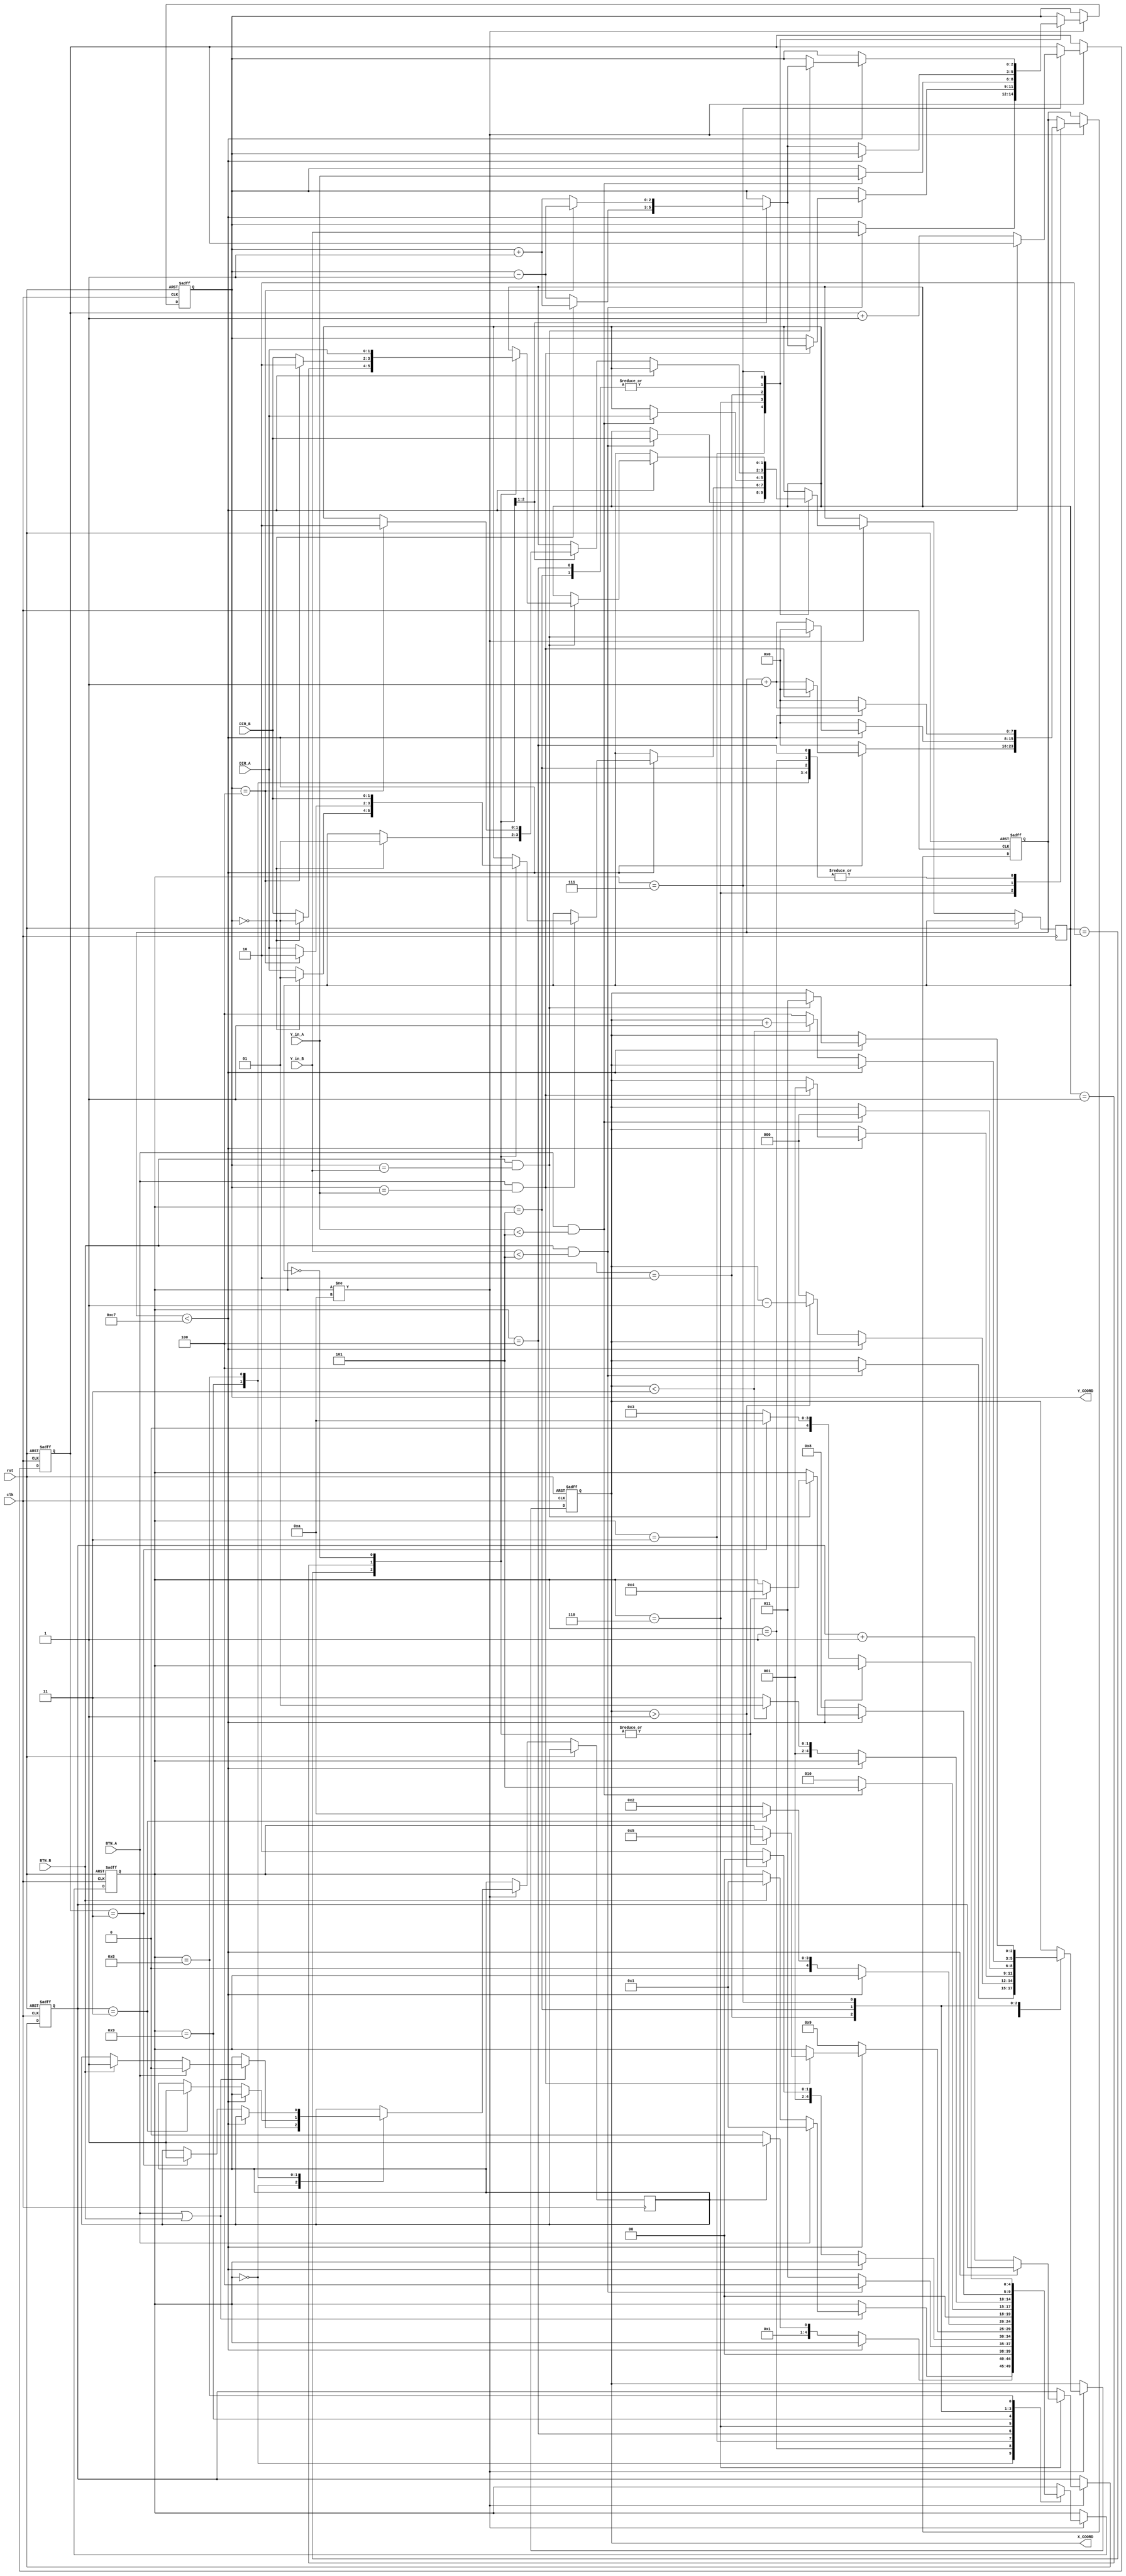
module hockey(

    input clk,
    input rst,
    
    input BTN_A,
    input BTN_B,
    
    input [1:0] DIR_A,
    input [1:0] DIR_B,
    
    input [2:0] Y_in_A,
    input [2:0] Y_in_B,
   
    /*
    output reg LEDA,
    output reg LEDB,
    output reg [4:0] LEDX,
    
    output reg [6:0] SSD7,
    output reg [6:0] SSD6,
    output reg [6:0] SSD5,
    output reg [6:0] SSD4, 
    output reg [6:0] SSD3,
    output reg [6:0] SSD2,
    output reg [6:0] SSD1,
    output reg [6:0] SSD0   
    */
	
	output reg [2:0] X_COORD,
	output reg [2:0] Y_COORD
	
    );

    reg [7:0]timer; //max deger 199 olcak 2^8
    reg [2:0]scoreA;
    reg [2:0]scoreB;
    reg [1:0]lastTurn;
    reg turn;
    reg [1:0]dir;

    //List of states
    localparam IDLE = 4'd0;
    localparam DISPLAY = 4'd1;
    localparam HIT_A = 4'd2;
    localparam HIT_B = 4'd3;
    localparam SEND_A = 4'd4;
    localparam SEND_B = 4'd5;
    localparam RESP_A = 4'd6;
    localparam RESP_B = 4'd7;
    localparam GOAL_A = 4'd8;
    localparam GOAL_B = 4'd9;
    localparam GAMEOVER = 4'd10;

    reg [4:0] currentstate;
    
    always @(posedge clk or posedge rst)
    begin
        if(rst) begin
            X_COORD<=3'b000;
            Y_COORD<=3'b000;
            timer<=0;
            scoreA<=0;
            scoreB<=0;
            lastTurn<=0;
            currentstate <= IDLE;
        end
        else if(currentstate != GAMEOVER)begin
        
            case(currentstate)

                IDLE:begin

                    if((BTN_A || BTN_B))begin

                        if(BTN_A)begin
                            turn<=0;
                            currentstate <= DISPLAY;
                        end
                        else if(BTN_B)begin
                            turn<=1;
                            currentstate <= DISPLAY;
                        end
        
                    end
                
                end

                DISPLAY:begin

                    if(timer<199)begin
                        timer<=timer+1;
                    end
                    else begin
                        timer<=0;
                        if(turn == 1)begin
                            currentstate <= HIT_B;
                        end
                        else begin
                            currentstate <= HIT_A;
                        end
                    end
        
                end

                //MIRROR STARTS HERE

                HIT_B:begin

                    if(BTN_B && Y_in_B < 5)begin
                        X_COORD <= 4;
                        Y_COORD <= Y_in_B;
                        dir <= DIR_B;
                        currentstate <= SEND_A;
                    end
                    else begin
                        currentstate <= HIT_B;
                    end
                    
                end

                SEND_A:begin

                    if(timer<199)begin
                        timer<=timer+1;
                    end
                    else begin
                        timer<=0;

                        case(dir)

                            2'b10:begin

                                if(Y_COORD == 0)begin
                                    dir <= 2'b01;
                                    Y_COORD <= Y_COORD + 1;                                   
                                end
                                else begin
                                    Y_COORD <= Y_COORD - 1;
                                end
                            
                            end

                            2'b01:begin

                                if(Y_COORD == 4)begin
                                    dir <= 2'b10;
                                    Y_COORD <= Y_COORD - 1;                                   
                                end
                                else begin
                                    Y_COORD <= Y_COORD + 1;
                                end

                            end

                            2'b00:begin
                            
                            end

                        endcase

                        if(X_COORD > 1)begin
                            X_COORD <= X_COORD - 1;
                            currentstate <= SEND_A;
                        end
                        else begin
                            X_COORD <= 0;
                            currentstate <= RESP_A;
                        end

                    end
                    
                end

                RESP_A:begin

                    if(timer<199)begin

                        if(BTN_A && (Y_COORD == Y_in_A))begin
                            X_COORD <= 1;
                            timer <= 0;

                            case(dir)

                                2'b10:begin

                                    if(Y_COORD == 0)begin
                                        dir <= 2'b01;
                                        Y_COORD <= Y_COORD + 1;  
                                        currentstate <= SEND_B;                                 
                                    end
                                    else begin
                                        dir <= DIR_A;
                                        Y_COORD <= Y_COORD - 1;
                                        currentstate <= SEND_B;
                                    end
                                
                                end

                                2'b01:begin

                                    if(Y_COORD == 4)begin
                                        dir <= 2'b10;
                                        Y_COORD <= Y_COORD - 1;  
                                        currentstate <= SEND_B;                                 
                                    end
                                    else begin
                                        dir <= DIR_A;
                                        Y_COORD <= Y_COORD + 1;
                                        currentstate <= SEND_B;
                                    end

                                end

                                2'b00:begin

                                    dir <= DIR_B;
                                    currentstate <= SEND_B;
                                
                                end

                            endcase

                        end
                        else begin
                            timer <= timer + 1;
                        end
                    end
                    else begin
                        timer<=0;
                        scoreB <= scoreB + 1;
                        currentstate <= GOAL_B;
                    end
                end

                GOAL_B:begin

                    if(timer<199)begin
                        timer<=timer+1;
                    end
                    else begin
                        timer<=0;
                        if(scoreB == 3)begin
                            turn <= 1;
                            currentstate <= GAMEOVER;
                        end
                        else begin
                            currentstate <= HIT_A;
                        end
                    end
                end

                //MIRROR ENDS HERE

                //START OF THE COPIED CODE

                HIT_A:begin

                    if(BTN_A && Y_in_A < 5)begin
                        X_COORD <= 0;
                        Y_COORD <= Y_in_A;
                        dir <= DIR_A;
                        currentstate <= SEND_B;
                    end
                    else begin
                        currentstate <= HIT_A;
                    end
                    
                end

                SEND_B:begin

                    if(timer<199)begin
                        timer<=timer+1;
                    end
                    else begin
                        timer<=0;

                        case(dir)

                            2'b10:begin

                                if(Y_COORD == 0)begin
                                    dir <= 2'b01;
                                    Y_COORD <= Y_COORD + 1;                                   
                                end
                                else begin
                                    Y_COORD <= Y_COORD - 1;
                                end
                            
                            end

                            2'b01:begin

                                if(Y_COORD == 4)begin
                                    dir <= 2'b10;
                                    Y_COORD <= Y_COORD - 1;                                   
                                end
                                else begin
                                    Y_COORD <= Y_COORD + 1;
                                end

                            end

                            2'b00:begin
                            
                            end

                        endcase

                        if(X_COORD < 3)begin
                            X_COORD <= X_COORD + 1;
                            currentstate <= SEND_B;
                        end
                        else begin
                            X_COORD <= 4;
                            currentstate <= RESP_B;
                        end

                    end
                    
                end

                RESP_B:begin

                    if(timer<199)begin

                        if(BTN_B && (Y_COORD == Y_in_B))begin
                            X_COORD <= 3;
                            timer <= 0;

                            case(dir)

                                2'b10:begin

                                    if(Y_COORD == 0)begin
                                        dir <= 2'b01;
                                        Y_COORD <= Y_COORD + 1;  
                                        currentstate <= SEND_A;                                 
                                    end
                                    else begin
                                        dir <= DIR_B;
                                        Y_COORD <= Y_COORD - 1;
                                        currentstate <= SEND_A;
                                    end
                                
                                end

                                2'b01:begin

                                    if(Y_COORD == 4)begin
                                        dir <= 2'b10;
                                        Y_COORD <= Y_COORD - 1;  
                                        currentstate <= SEND_A;                                 
                                    end
                                    else begin
                                        dir <= DIR_B;
                                        Y_COORD <= Y_COORD + 1;
                                        currentstate <= SEND_A;
                                    end

                                end

                                2'b00:begin

                                    dir <= DIR_A;
                                    currentstate <= SEND_A;
                                
                                end

                            endcase

                        end
                        else begin
                            timer <= timer + 1;
                        end
                    end
                    else begin
                        timer<=0;
                        scoreA <= scoreA + 1;
                        currentstate <= GOAL_A;
                    end
                end

                GOAL_A:begin

                    if(timer<199)begin
                        timer<=timer+1;
                    end
                    else begin
                        timer<=0;
                        if(scoreA == 3)begin
                            turn <= 1;
                            currentstate <= GAMEOVER;
                        end
                        else begin
                            currentstate <= HIT_B;
                        end
                    end
                end

                //END OF THE COPIED CODE
                
            endcase
  
        end
    end

endmodule